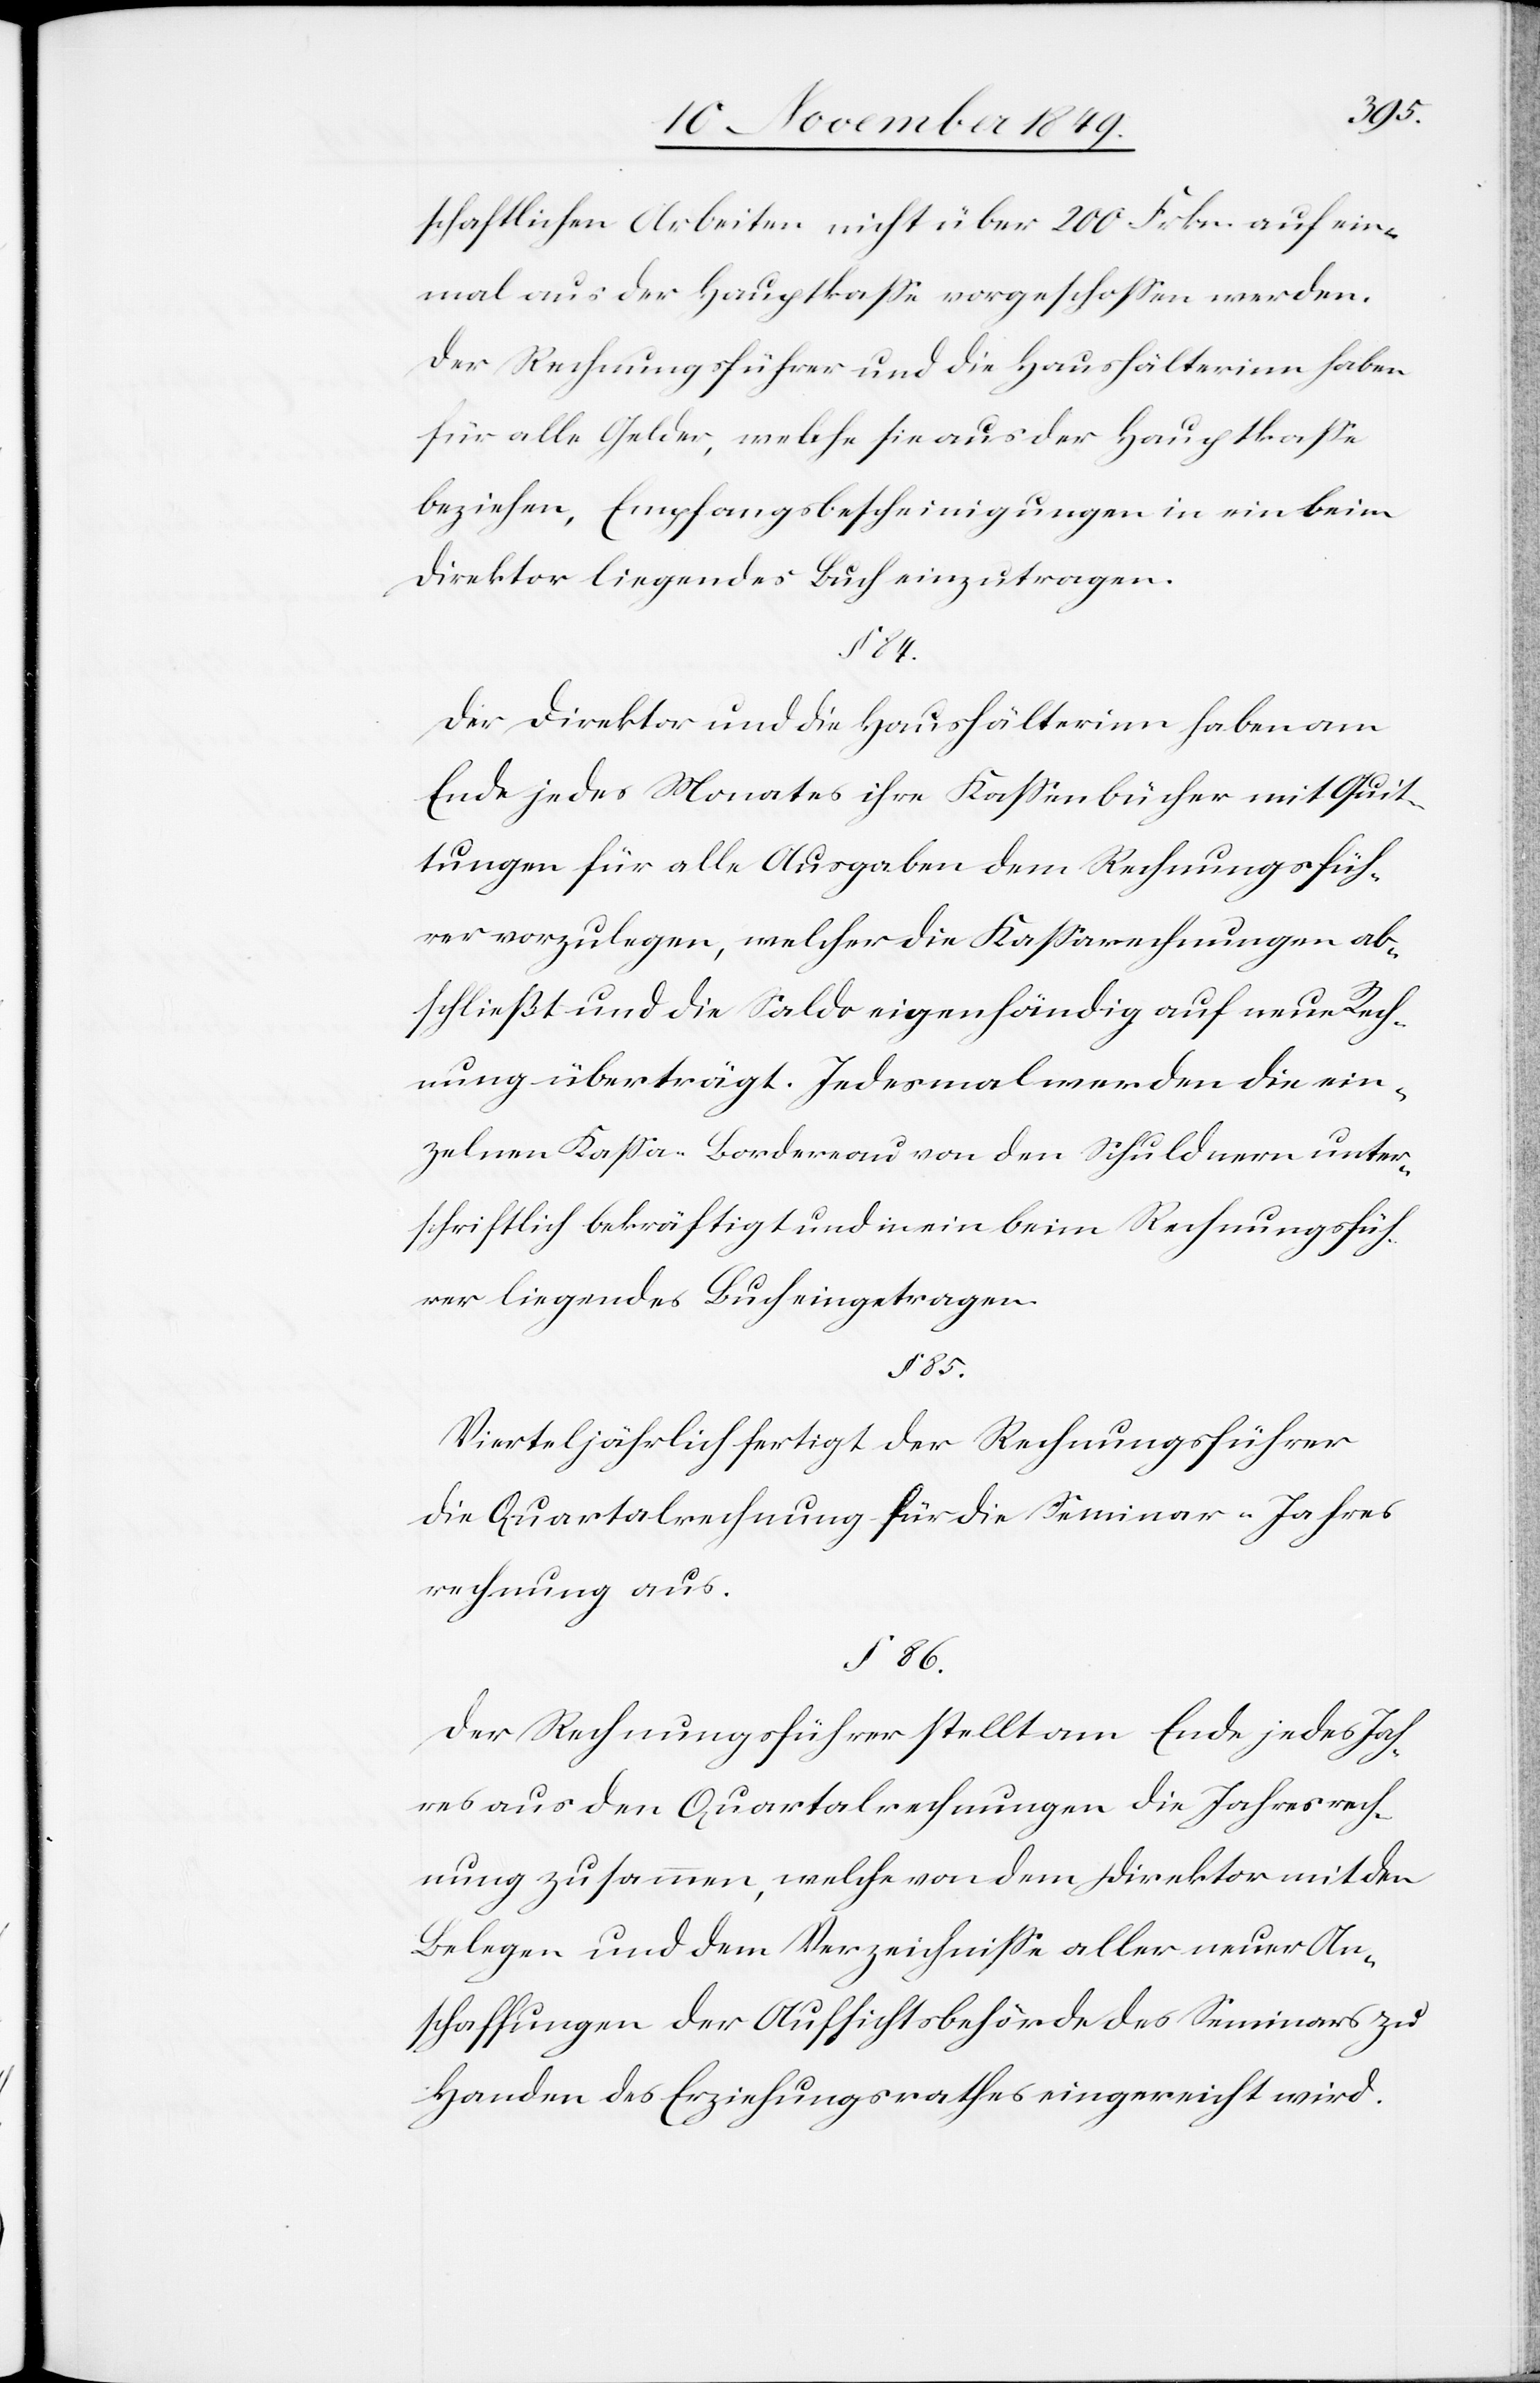
schaftlichen Arbeiten nicht über 200 Frkn. auf ein¬
mal aus der Hauptkaße vorgeschoßen werden.
Der Rechnungsführer und die Haushälterinn haben
für alle Gelder, welche sie aus der Hauptkaße
beziehen, Empfangsbescheinigungen in ein beim
Direktor liegendes Buch einzutragen.
§ 84.
Der Direktor und die Haushälterinn haben am
Ende jedes Monates ihre Kaßenbücher mit Quit¬
tungen für alle Ausgaben dem Rechnungsfüh¬
rer vorzulegen, welcher die Kaßarechnungen ab¬
schließt und die Saldo eigenhändig auf neue Rech¬
nung überträgt. Jedesmal werden die ein¬
zelnen Kaßa-Bordereau von den Schuldnern unter¬
schriftlich bekräftigt und in ein beim Rechnungsfüh¬
rer liegendes Buch eingetragen.
§ 85.
Vierteljährlich fertigt der Rechnungsführer
die Quartalsrechnung für die Seminar-Jahres¬
rechnung aus.
§ 86.
Der Rechnungsführer stellt am Ende jedes Jah¬
res aus den Quartalsrechnungen die Jahresrech¬
nung zusammen, welche von dem Direktor mit den
Belegen und dem Verzeichniße aller neuer An¬
schaffungen der Aufsichtsbehörde des Seminars zu
Handen des Erziehungsrathes eingereicht wird.